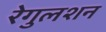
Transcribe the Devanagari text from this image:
रेगुलशन